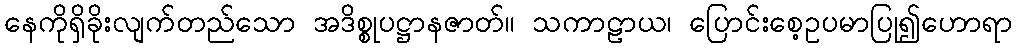
နေကိုရှိခိုးလျက်တည်သော အဒိစ္စုပဋ္ဌာနဇာတ်။ သကာဠာယ၊ ပြောင်းစေ့ဥပမာပြု၍ဟောရာ